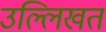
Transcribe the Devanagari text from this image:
उल्लिखत